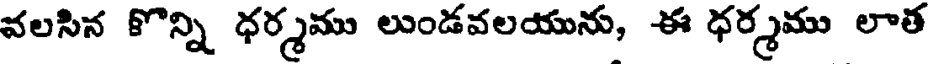
వలసిన కొన్ని ధర్మము లుండవలయును, ఈ ధర్మము లాత